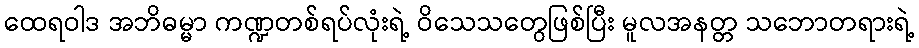
ထေရဝါဒ အဘိဓမ္မာ ကဏ္ဍတစ်ရပ်လုံးရဲ့ ဝိသေသတွေဖြစ်ပြီး မူလအနတ္တ သဘောတရားရဲ့